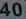
4400